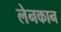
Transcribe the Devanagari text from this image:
लेनकान